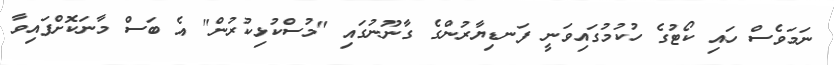
ނަމަވެސް ހައި ކޯޓުގެ ހުކުމުގައިވަނީ ފަނޑިޔާރުންގެ ގާނޫނުގައި "މުސްކުޅިކުރުން" އެ ބަސް މާނަކޮށްފައިވާ